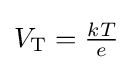
\textstyle V_{\text{T}}={\frac {kT}{e}}